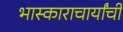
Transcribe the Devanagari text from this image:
भास्काराचार्यांची